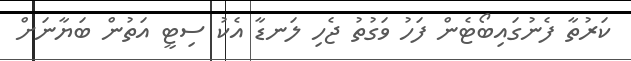
ކަރުތާ ފެނުގައިބޯޓެން ފަހު ވަގުތު ޖެހި ލަނޑާ އެކު ސިޓީ އަތުން ބަޔާނަށް